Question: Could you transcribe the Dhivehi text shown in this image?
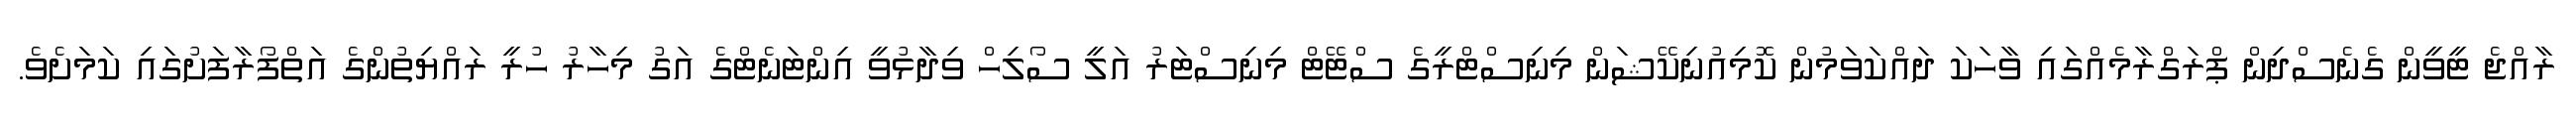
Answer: ރާއްޖެ ޓީވީން ގެނެސްދިން ޕްރަގްރާމެއްގައި ވާހަކަ ދައްކަވަމުން ކޮމިއުނިކޭޝަން މިނިސްޓްރީގެ ސްޓޭޓް މިނިސްޓަރު އަލީ ސޯލިހް ވިދާޅުވީ އިންޓަނެޓްގެ އަގު މިހާރު ހުރީ ރައްޔިތުންގެ އަތްފޯރާފަށުގައި ކަމަށެވެ.